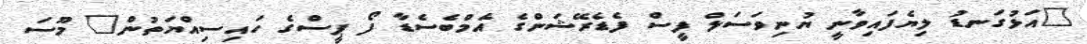
"އަޅުގަނޑު ލިޔެފައިވާނީ ޔުނިވަސަލް ފީސް ފެޑެރޭޝަންގެ އެމްބެސެޑާ ފޯ ޕީސްގެ ހައިސިއްޔަތުން" މޫސަ